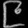
Digit: ၉